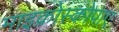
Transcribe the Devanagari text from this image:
माइक्रोस्कोपाए